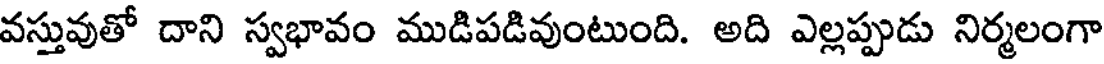
వస్తువుతో దాని స్వభావం ముడిపడివుంటుంది. అది ఎల్లప్పుడు నిర్మలంగా